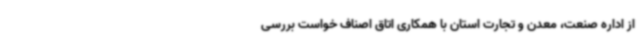
از اداره صنعت، معدن و تجارت استان با همکاری اتاق اصناف خواست بررسی